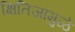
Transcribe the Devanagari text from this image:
क्षितिजामुळे